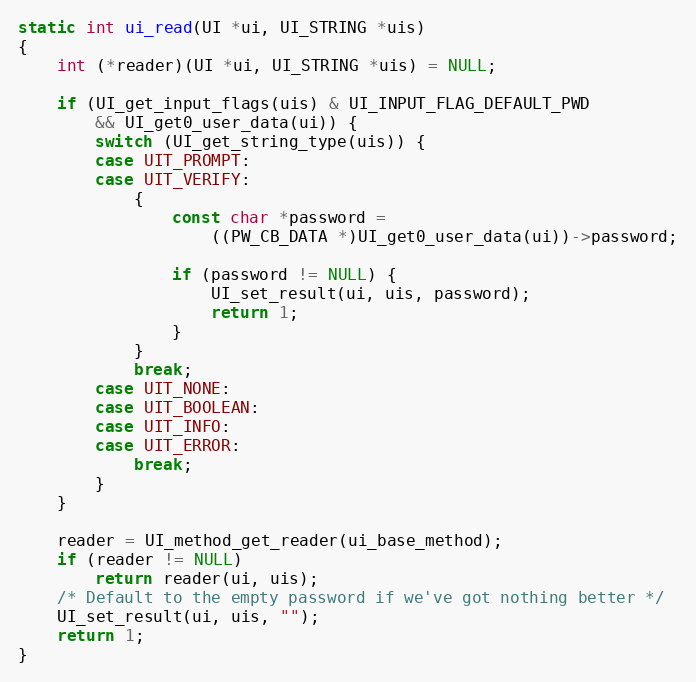
Language: C
static int ui_read(UI *ui, UI_STRING *uis)
{
    int (*reader)(UI *ui, UI_STRING *uis) = NULL;

    if (UI_get_input_flags(uis) & UI_INPUT_FLAG_DEFAULT_PWD
        && UI_get0_user_data(ui)) {
        switch (UI_get_string_type(uis)) {
        case UIT_PROMPT:
        case UIT_VERIFY:
            {
                const char *password =
                    ((PW_CB_DATA *)UI_get0_user_data(ui))->password;

                if (password != NULL) {
                    UI_set_result(ui, uis, password);
                    return 1;
                }
            }
            break;
        case UIT_NONE:
        case UIT_BOOLEAN:
        case UIT_INFO:
        case UIT_ERROR:
            break;
        }
    }

    reader = UI_method_get_reader(ui_base_method);
    if (reader != NULL)
        return reader(ui, uis);
    /* Default to the empty password if we've got nothing better */
    UI_set_result(ui, uis, "");
    return 1;
}